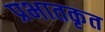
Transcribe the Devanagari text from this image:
प्रभातकृत